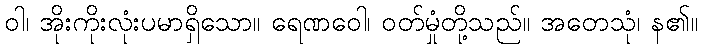
ဝါ၊ အိုးကိုးလုံးပမာရှိသော။ ရေဏဝေါ၊ ဝတ်မှုံတို့သည်။ အတေသုံ၊ န၏။